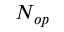
N _ { o p }